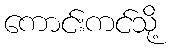
ကောင်းကင်သို့